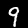
Digit: 9